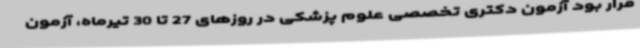
قرار بود آزمون دکتری تخصصی علوم پزشکی در روزهای 27 تا 30 تیرماه، آزمون